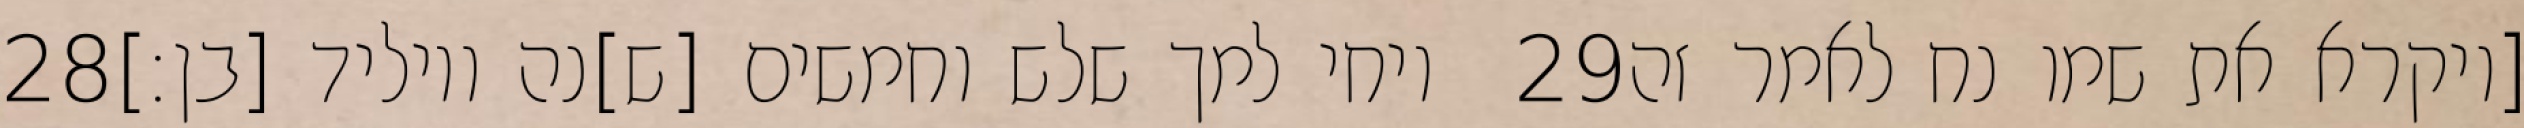
‎28‏ ויחי למך שלש וחמשים [ש]נה ויוליד [בן׃] ‎29‏ [ויקרא את שמו נח לאמר זה